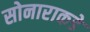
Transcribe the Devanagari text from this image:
सोनाराकडे